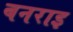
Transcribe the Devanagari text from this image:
बनराइ